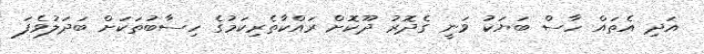
އަދި އެތައް ހާސް ބަޔަކު ވަނީ ގެދޮރު ދޫކޮށް ރައްކާތެރިކަމުގެ ހިސާބުތަކަށް ބަދަލުވެފަ